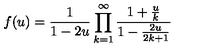
f ( u ) = \frac { 1 } { 1 - 2 u } \prod _ { k = 1 } ^ { \infty } \frac { 1 + \frac { u } { k } } { 1 - \frac { 2 u } { 2 k + 1 } }